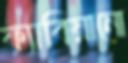
ফ্যাবিয়ানো